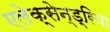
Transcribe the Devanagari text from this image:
एलेक्सेन्ड्रिया